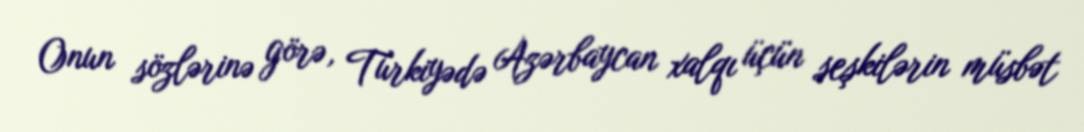
Onun sözlərinə görə, Türkiyədə Azərbaycan xalqı üçün seşkilərin müsbət